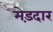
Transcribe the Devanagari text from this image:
मेड़दार